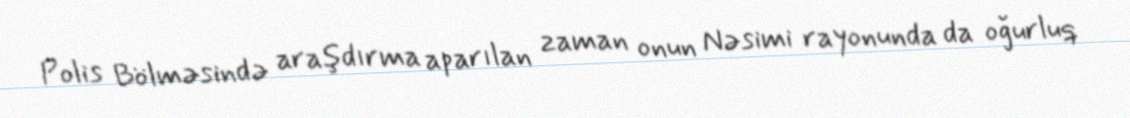
Polis Bölməsində araşdırma aparılan zaman onun Nəsimi rayonunda da oğurluq